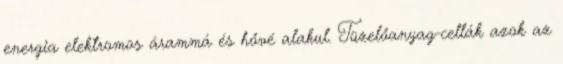
energia elektromos árammá és hővé alakul. Tüzelőanyag-cellák azok az